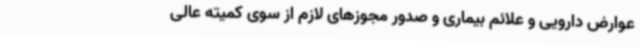
عوارض دارویی و علائم بیماری و صدور مجوزهای لازم از سوی کمیته عالی